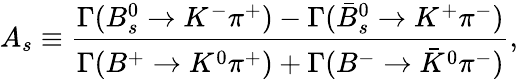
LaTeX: A_{s}\equiv\frac{\Gamma(B_{s}^{0}\to K^{-}\pi^{+})-\Gamma(\bar{B}_{s}^{0}\to K^{+}\pi^{-})}{\Gamma(B^{+}\to K^{0}\pi^{+})+\Gamma(B^{-}\to\bar{K}^{0}\pi^{-})},